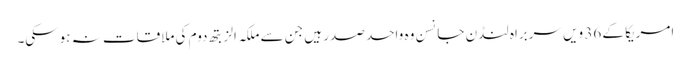
امریکا کے 36 ویں سربراہ لنڈن جانسن وہ واحد صدر ہیں جن سے ملکہ الزبتھ دوم کی ملاقات نہ ہوسکی۔